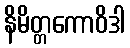
နိမိတ္တကောဝိဒါ